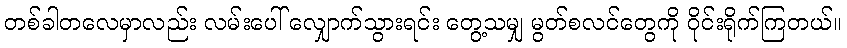
တစ်ခါတလေမှာလည်း လမ်းပေါ် လျှောက်သွားရင်း တွေ့သမျှ မွတ်စလင်တွေကို ဝိုင်းရိုက်ကြတယ်။